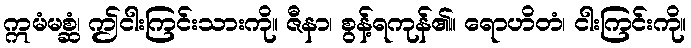
ဣမံမစ္ဆံ၊ ဤငါးကြင်းသားကို။ ဇီနာ၊ စွန့်ရကုန်၏။ ရောဟိတံ၊ ငါးကြင်းကို။